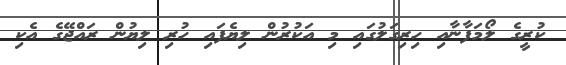
ކުރީގެ ލޯމަފާނާއި ހިރިގަލުގައި މި އަކުރުން ލިޔެފައި ހުރި ލިޔުން ރައްޖޭގެ އެކި